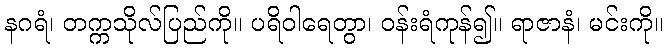
နဂရံ၊ တက္ကသိုလ်ပြည်ကို။ ပရိဝါရေတွာ၊ ဝန်းရံကုန်၍။ ရာဇာနံ၊ မင်းကို။